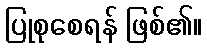
ပြုစုစေရန် ဖြစ်၏။